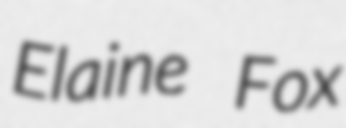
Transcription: Elaine Fox